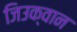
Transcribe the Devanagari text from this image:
जिउक्वान